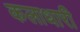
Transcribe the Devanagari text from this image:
कलाधारी